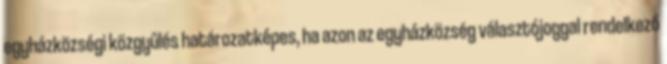
egyházközségi közgyűlés határozatképes, ha azon az egyházközség választójoggal rendelkező